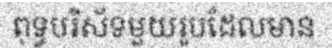
ពុទ្ធបរិស័ទមួយរូបដែលមាន